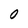
Character: O